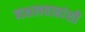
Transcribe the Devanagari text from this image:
नक्षलवाद्यांशी